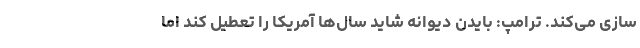
سازی می‌کند. ترامپ: بایدن دیوانه شاید سال‌ها آمریکا را تعطیل کند اما